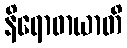
နိရောဓာယာတိ